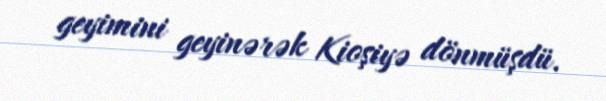
geyimini geyinərək Kioşiyə dönmüşdü.